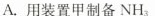
A.用装置甲制备NH_{3}